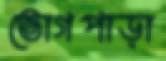
ভোগপাড়া